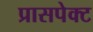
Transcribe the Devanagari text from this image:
प्रासपेक्ट